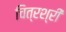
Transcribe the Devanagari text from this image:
चित्रश्री